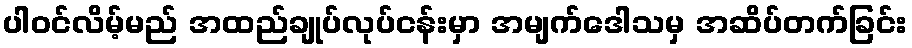
ပါဝင်လိမ့်မည် အထည်ချုပ်လုပ်ငန်းမှာ အမျက်ဒေါသမှ အဆိပ်တက်ခြင်း